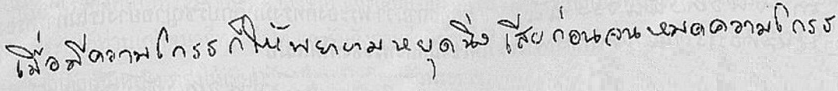
เมื่อมีความโกรธก็ให้พยายามหยุดนิ่งเสียก่อนจนหมดความโกรธ